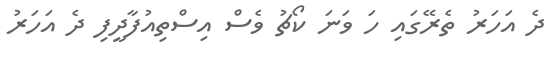
ދެ އަހަރު ތެރޭގައި ހަ ވަނަ ކޯޗު ވެސް އިސްތިއުފާދީފި ދެ އަހަރު